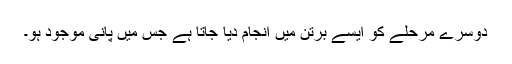
دوسرے مرحلے کو ایسے برتن میں انجام دیا جاتا ہے جس میں پانی موجود ہو۔